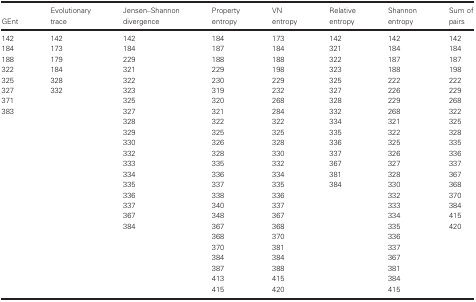
| GEnt | Evolutionary trace | Jensen–Shannon divergence | Property entropy | VN entropy | Relative entropy | Shannon entropy | Sum of pairs |
 | --- | --- | --- | --- | --- | --- | --- | --- |
 | 142 | 142 | 142 | 184 | 173 | 142 | 142 | 142 |
 | 184 | 173 | 184 | 187 | 184 | 321 | 184 | 184 |
 | 188 | 179 | 229 | 188 | 188 | 322 | 187 | 187 |
 | 322 | 184 | 321 | 229 | 198 | 323 | 188 | 198 |
 | 325 | 328 | 322 | 230 | 229 | 325 | 222 | 222 |
 | 327 | 332 | 323 | 319 | 232 | 327 | 226 | 229 |
 | 371 |  | 325 | 320 | 268 | 328 | 229 | 268 |
 | 383 |  | 327 | 321 | 284 | 332 | 268 | 322 |
 |  |  | 328 | 322 | 322 | 334 | 321 | 325 |
 |  |  | 329 | 325 | 325 | 335 | 322 | 328 |
 |  |  | 330 | 326 | 328 | 336 | 325 | 335 |
 |  |  | 332 | 328 | 330 | 337 | 326 | 336 |
 |  |  | 333 | 335 | 332 | 367 | 327 | 337 |
 |  |  | 334 | 336 | 334 | 381 | 328 | 367 |
 |  |  | 335 | 337 | 335 | 384 | 330 | 368 |
 |  |  | 336 | 338 | 336 |  | 332 | 370 |
 |  |  | 337 | 340 | 337 |  | 333 | 384 |
 |  |  | 367 | 348 | 367 |  | 334 | 415 |
 |  |  | 384 | 367 | 368 |  | 335 | 420 |
 |  |  |  | 368 | 370 |  | 336 |  |
 |  |  |  | 370 | 381 |  | 337 |  |
 |  |  |  | 384 | 384 |  | 367 |  |
 |  |  |  | 387 | 388 |  | 381 |  |
 |  |  |  | 413 | 415 |  | 384 |  |
 |  |  |  | 415 | 420 |  | 415 |  |